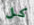
كل